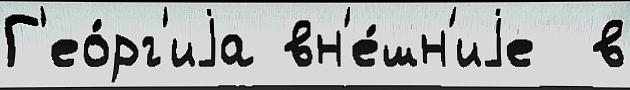
Г'ео́рг'иjа вн'е́шн'иjе  в